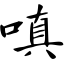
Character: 嗔